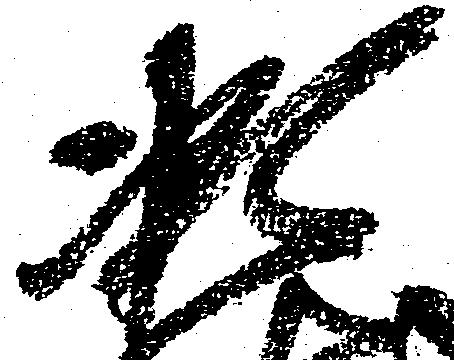
凝